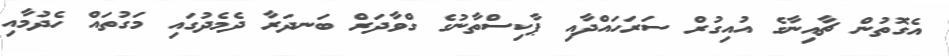
އެގޮތުން ޗާއިނާގެ އުއިގުރް ސަރަހައްދާއި ޕާކިސްތާނުގެ ގްވާދަރް ބަނދަރާ ދެމެދުގައި މަގުތައް ހެދުމާއި